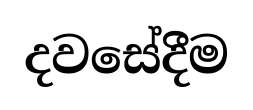
දවසේදීම